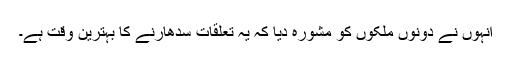
انہوں نے دونوں ملکوں کو مشورہ دیا کہ یہ تعلقات سدھارنے کا بہترین وقت ہے۔